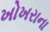
ખોખરાના